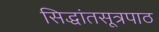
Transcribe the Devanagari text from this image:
सिद्धांतसूत्रपाठ